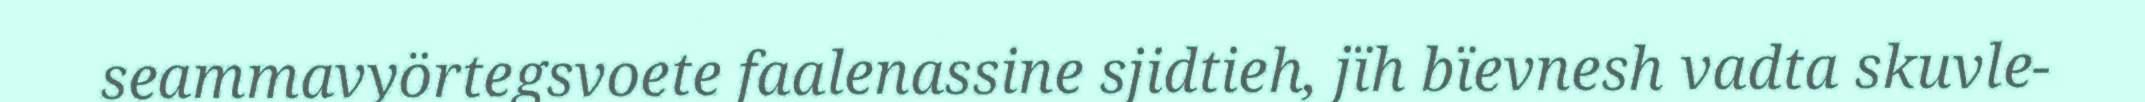
seammavyörtegsvoete faalenassine sjidtieh, jïh bïevnesh vadta skuvle-